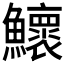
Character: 𬵹